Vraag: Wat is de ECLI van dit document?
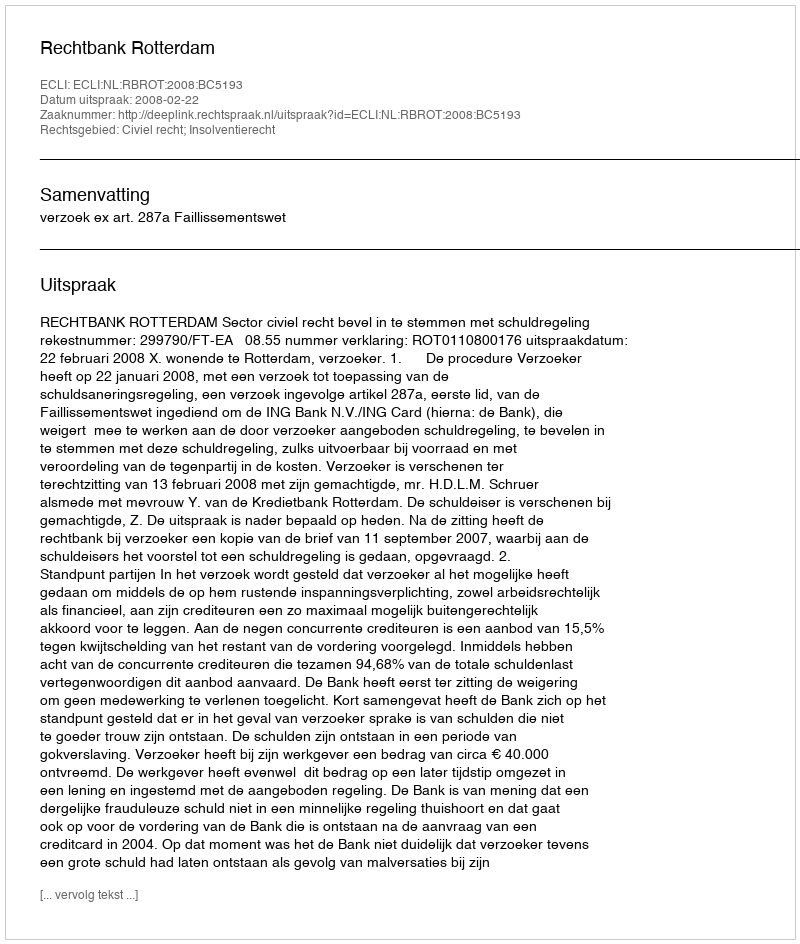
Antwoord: ECLI:NL:RBROT:2008:BC5193